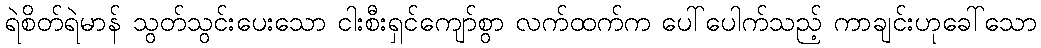
ရဲစိတ်ရဲမာန် သွတ်သွင်းပေးသော ငါးစီးရှင်ကျော်စွာ လက်ထက်က ပေါ်ပေါက်သည့် ကာချင်းဟုခေါ်သော